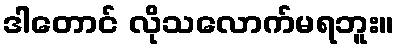
ဒါတောင် လိုသလောက်မရဘူး။